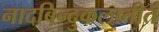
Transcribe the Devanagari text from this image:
नादबिन्दुकलातीतं